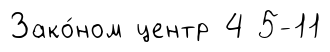
Зако́ном центр 4 5-11